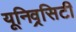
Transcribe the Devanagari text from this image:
यूनिव्रसिटी